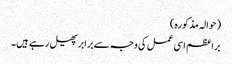
(حوالہ مذکورہ)
براعظم اسی عمل کی وجہ سے برابرپھیل رہے ہیں۔